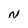
Character: N